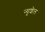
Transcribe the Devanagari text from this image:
न्यूशेल